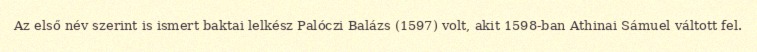
Az első név szerint is ismert baktai lelkész Palóczi Balázs (1597) volt, akit 1598-ban Athinai Sámuel váltott fel.